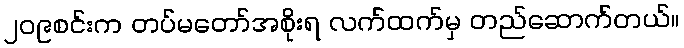
၂၀၉စင်းက တပ်မတော်အစိုးရ လက်ထက်မှ တည်ဆောက်တယ်။